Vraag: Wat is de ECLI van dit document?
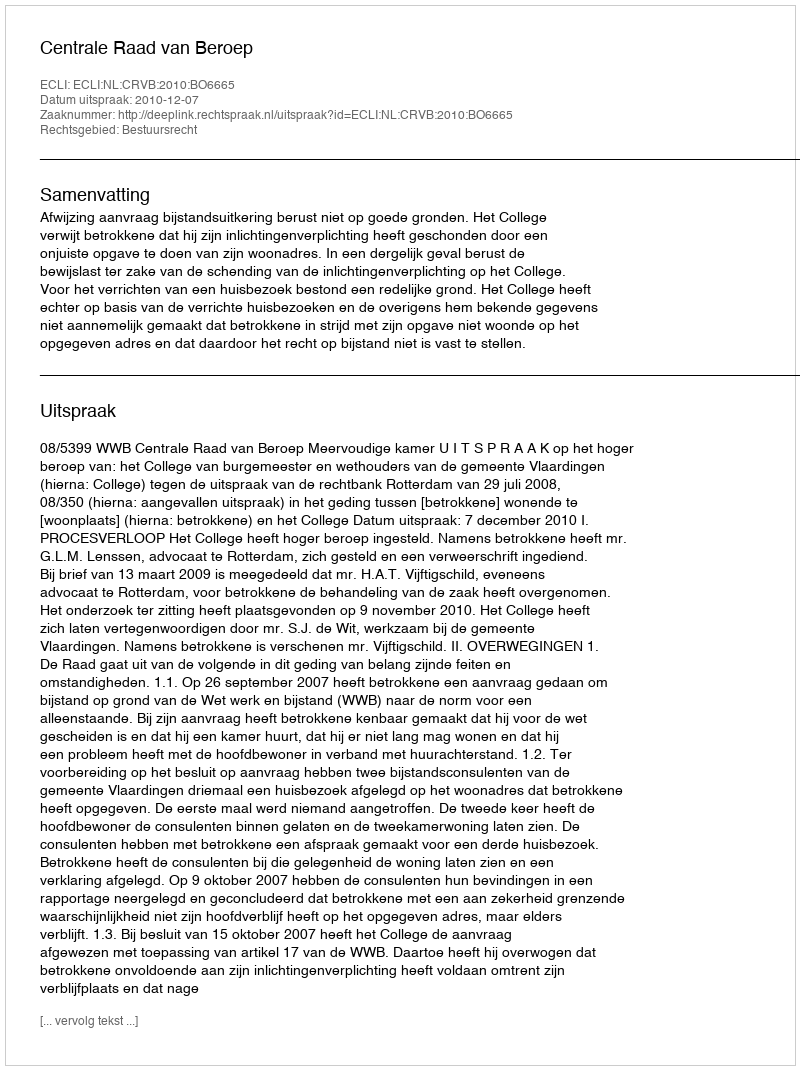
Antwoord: ECLI:NL:CRVB:2010:BO6665